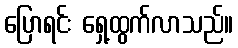
ပြောရင်း ရှေ့ထွက်လာသည်။